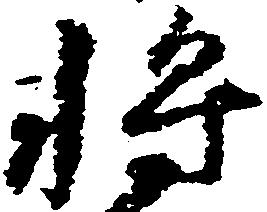
将